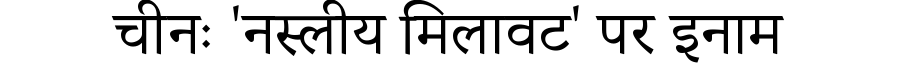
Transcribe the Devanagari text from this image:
चीनः 'नस्लीय मिलावट' पर इनाम